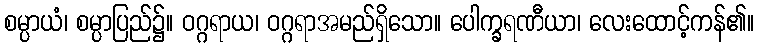
စမ္ပာယံ၊ စမ္ပာပြည်၌။ ဝဂ္ဂရာယ၊ ဝဂ္ဂရာအမည်ရှိသော။ ပေါက္ခရဏီယာ၊ လေးထောင့်ကန်၏။